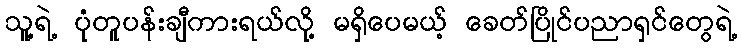
သူ့ရဲ့ ပုံတူပန်းချီကားရယ်လို့ မရှိပေမယ့် ခေတ်ပြိုင်ပညာရှင်တွေရဲ့